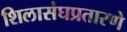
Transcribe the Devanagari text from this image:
शिलासंघप्रतारणे